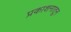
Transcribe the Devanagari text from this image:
प्रकाशनातून